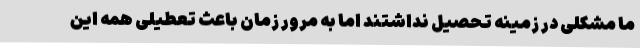
ما مشکلی در زمینه تحصیل نداشتند اما به مرور زمان باعث تعطیلی همه این